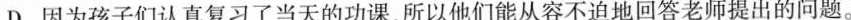
D. 因为孩子们认真复习了当天的功课，所以他们能从容不迫地回答老师提出的问题。